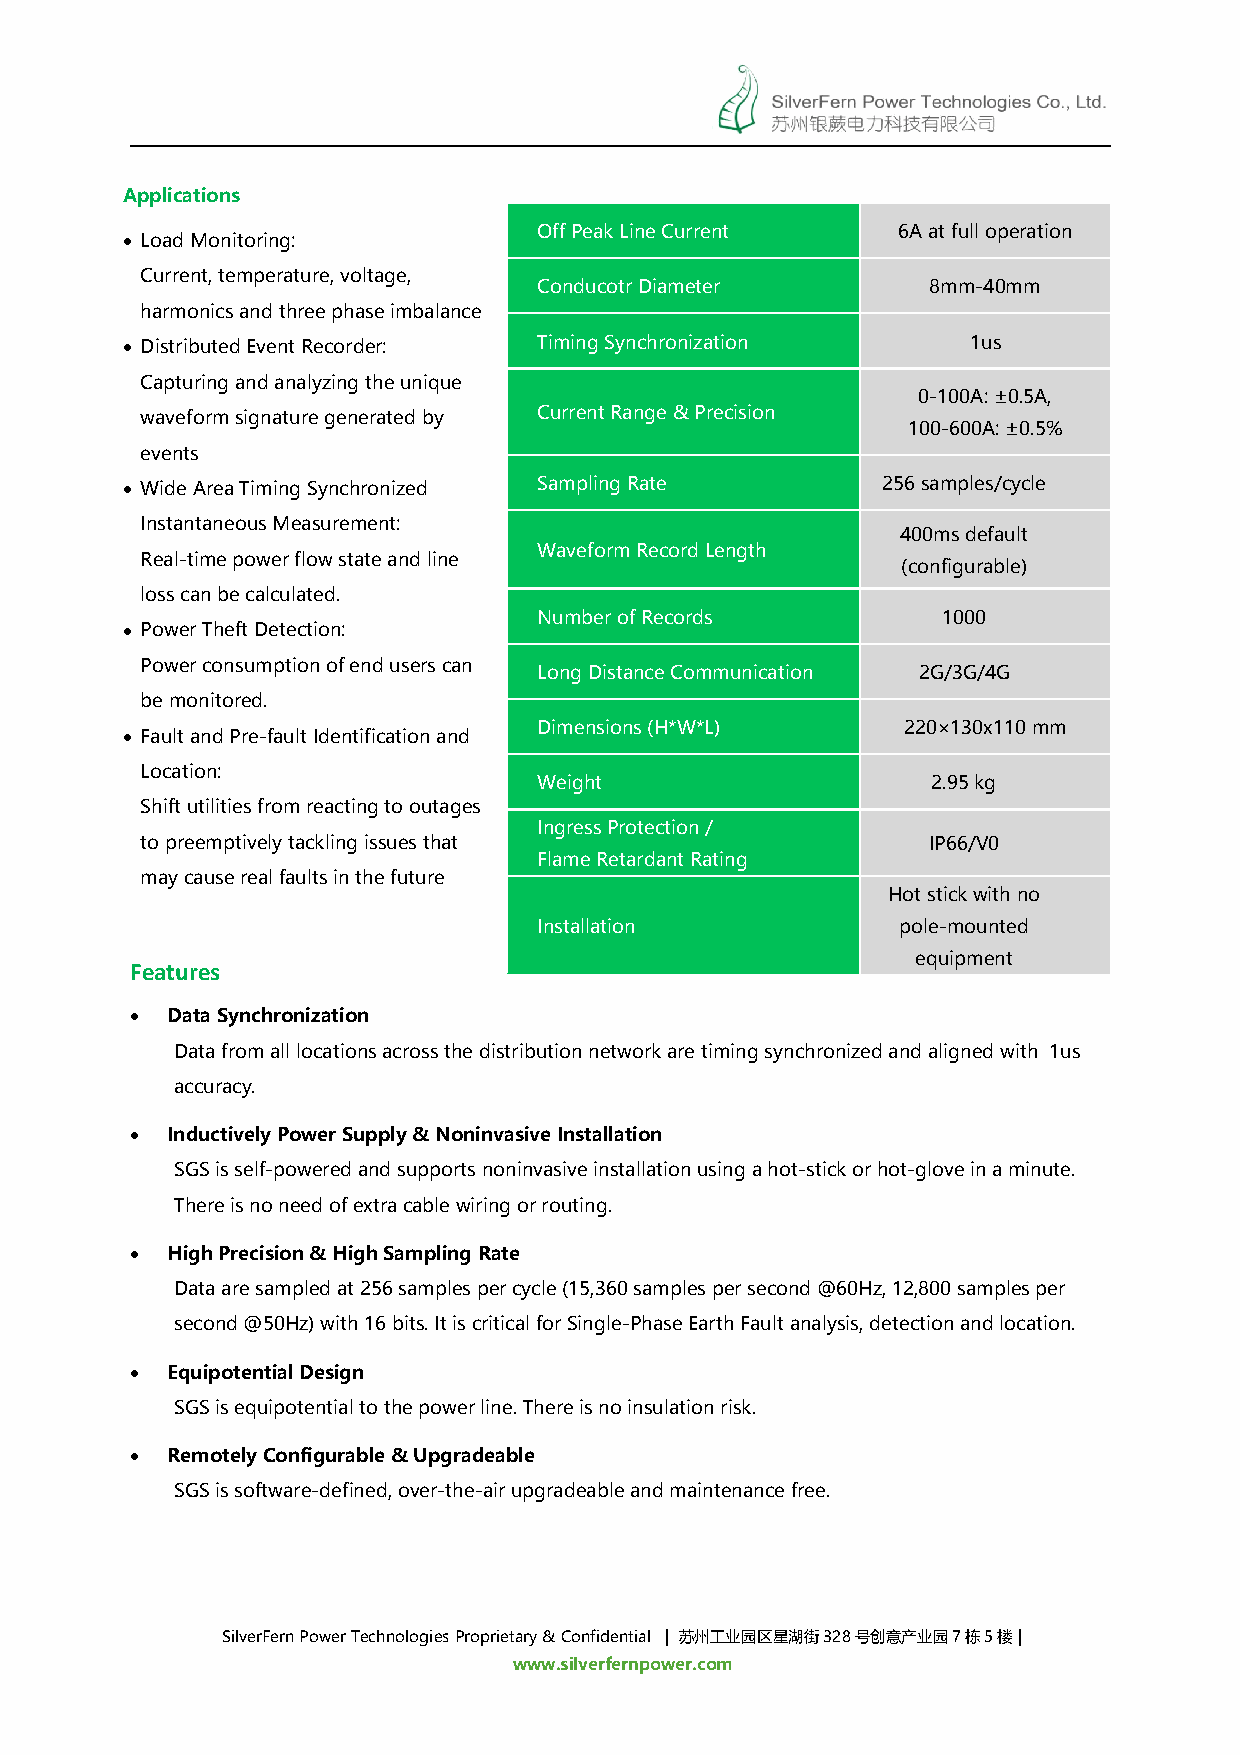
Applications
 OffPeakLineCurrent     6Aatfulloperation
  LoadMonitoring:
 Current,temperature,voltage,
 ConducotrDiameter         8mm-40mm
 harmonicsandthreephaseimbalance
  DistributedEventRecorder: TimingSynchronization       1us
 Capturingandanalyzingtheunique
 0-100A:±0.5A,
 waveformsignaturegeneratedby CurrentRange&Precision
 100-600A:±0.5%
 events
  WideAreaTimingSynchronized SamplingRate         256samples/cycle
 InstantaneousMeasurement:
 400msdefault
 WaveformRecordLength
 Real-timepowerflowstateandline
 (configurable)
 losscanbecalculated.
 NumberofRecords           1000
  PowerTheftDetection:
 Powerconsumptionofenduserscan
 LongDistanceCommunication 2G/3G/4G
 bemonitored.
 Dimensions(H*W*L)       220×130x110mm
  FaultandPre-faultIdentificationand
 Location:
 Weight                    2.95kg
 Shiftutilitiesfromreactingtooutages
 IngressProtection/
 topreemptivelytacklingissuesthat                    IP66/V0
 FlameRetardantRating
 maycauserealfaultsinthefuture
 Hotstickwithno
 Installation            pole-mounted
 equipment
 Features
  DataSynchronization
 Datafromalllocationsacrossthedistributionnetworkaretimingsynchronizedandalignedwith 1us
 accuracy.
  InductivelyPowerSupply&NoninvasiveInstallation
 SGSisself-poweredandsupportsnoninvasiveinstallationusingahot-stickorhot-gloveinaminute.
 Thereisnoneedofextracablewiringorrouting.
  HighPrecision&HighSamplingRate
 Dataaresampledat256samplespercycle(15,360samplespersecond@60Hz,12,800samplesper
 second@50Hz)with16bits.ItiscriticalforSingle-PhaseEarthFaultanalysis,detectionandlocation.
  EquipotentialDesign
 SGSisequipotentialtothepowerline.Thereisnoinsulationrisk.
  RemotelyConfigurable&Upgradeable
 SGSissoftware-defined,over-the-airupgradeableandmaintenancefree.
 SilverFernPowerTechnologiesProprietary&Confidential | 苏州工业园区星湖街328号创意产业园7栋5楼|
 www.silverfernpower.com